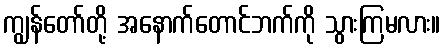
ကျွန်တော်တို့ အနောက်တောင်ဘက်ကို သွားကြမလား။